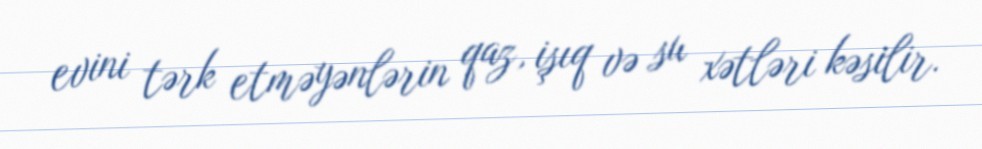
evini tərk etməyənlərin qaz, işıq və su xətləri kəsilir.